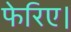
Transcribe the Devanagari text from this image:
फेरिए।